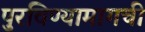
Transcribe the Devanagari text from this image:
पुरविण्यामागची